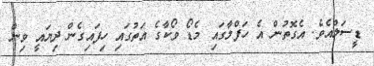
ޑީސަލްއެވެ. އެގޮތުން އެ ހަފްލާގައި މެޑޯ ވޯކާގެ އަތުގައި ހިފައިގެން ދިޔައީ ވިން